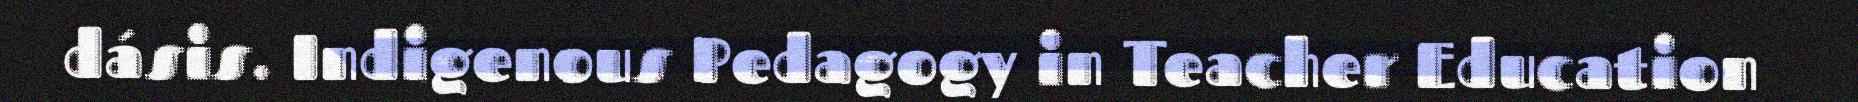
dásis. Indigenous Pedagogy in Teacher Education